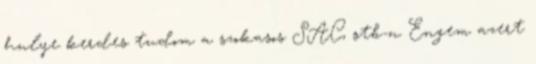
hulye kerdes tudom a szokasos SAC, stb-n Engem azert